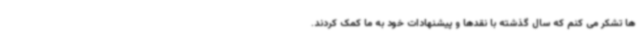
ها تشکر می کنم که سال گذشته با نقدها و پیشنهادات خود به ما کمک کردند.